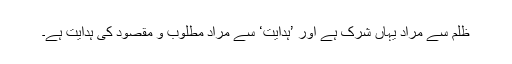
ظلم سے مراد یہاں شرک ہے اور ’ہدایت‘ سے مراد مطلوب و مقصود کی ہدایت ہے۔